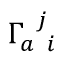
\Gamma _ { a \; \; i } ^ { \; \; j }